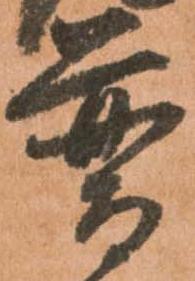
普